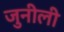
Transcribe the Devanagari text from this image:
जुनीली